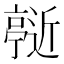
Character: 𬽞